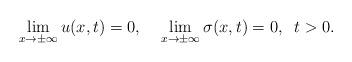
LaTeX: \begin{align*}\lim_{x\rightarrow \pm \infty }u(x,t)=0,\;\;\;\;\lim_{x\rightarrow \pm\infty }\sigma (x,t)=0,\;\;t>0. \end{align*}